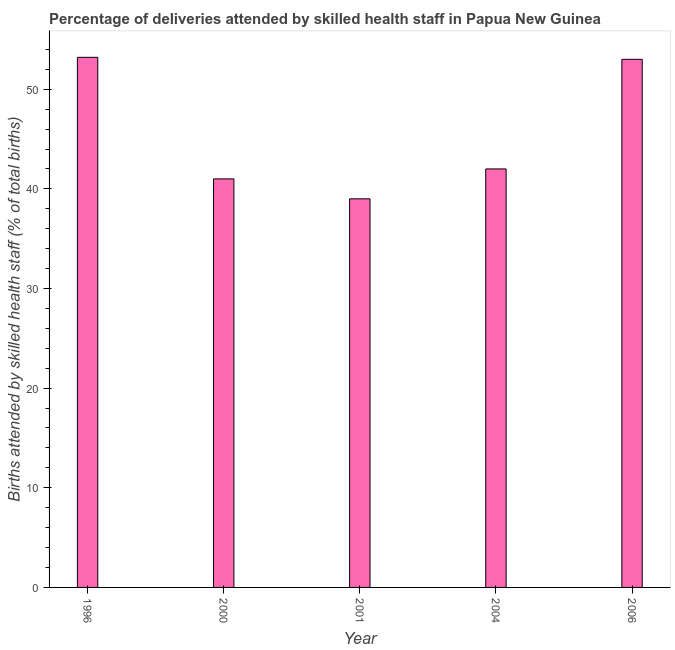
| Year | Births attended by skilled health staff |
 | --- | --- |
 | 1996 | 53.2 |
 | 2000 | 41 |
 | 2001 | 39 |
 | 2004 | 42 |
 | 2006 | 53 |